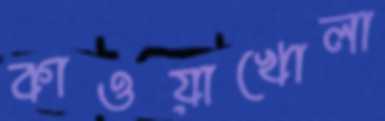
কাওয়াখোলা